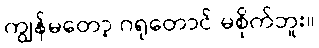
ကျွန်မတော့ ဂရုတောင် မစိုက်ဘူး။